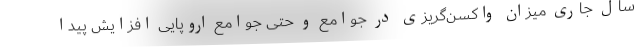
سال جاری میزان واکسن‌گریزی در جوامع و حتی جوامع اروپایی افزایش پیدا